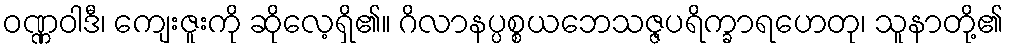
ဝဏ္ဏဝါဒီ၊ ကျေးဇူးကို ဆိုလေ့ရှိ၏။ ဂိလာနပ္ပစ္စယဘေသဇ္ဇပရိက္ခာရဟေတု၊ သူနာတို့၏